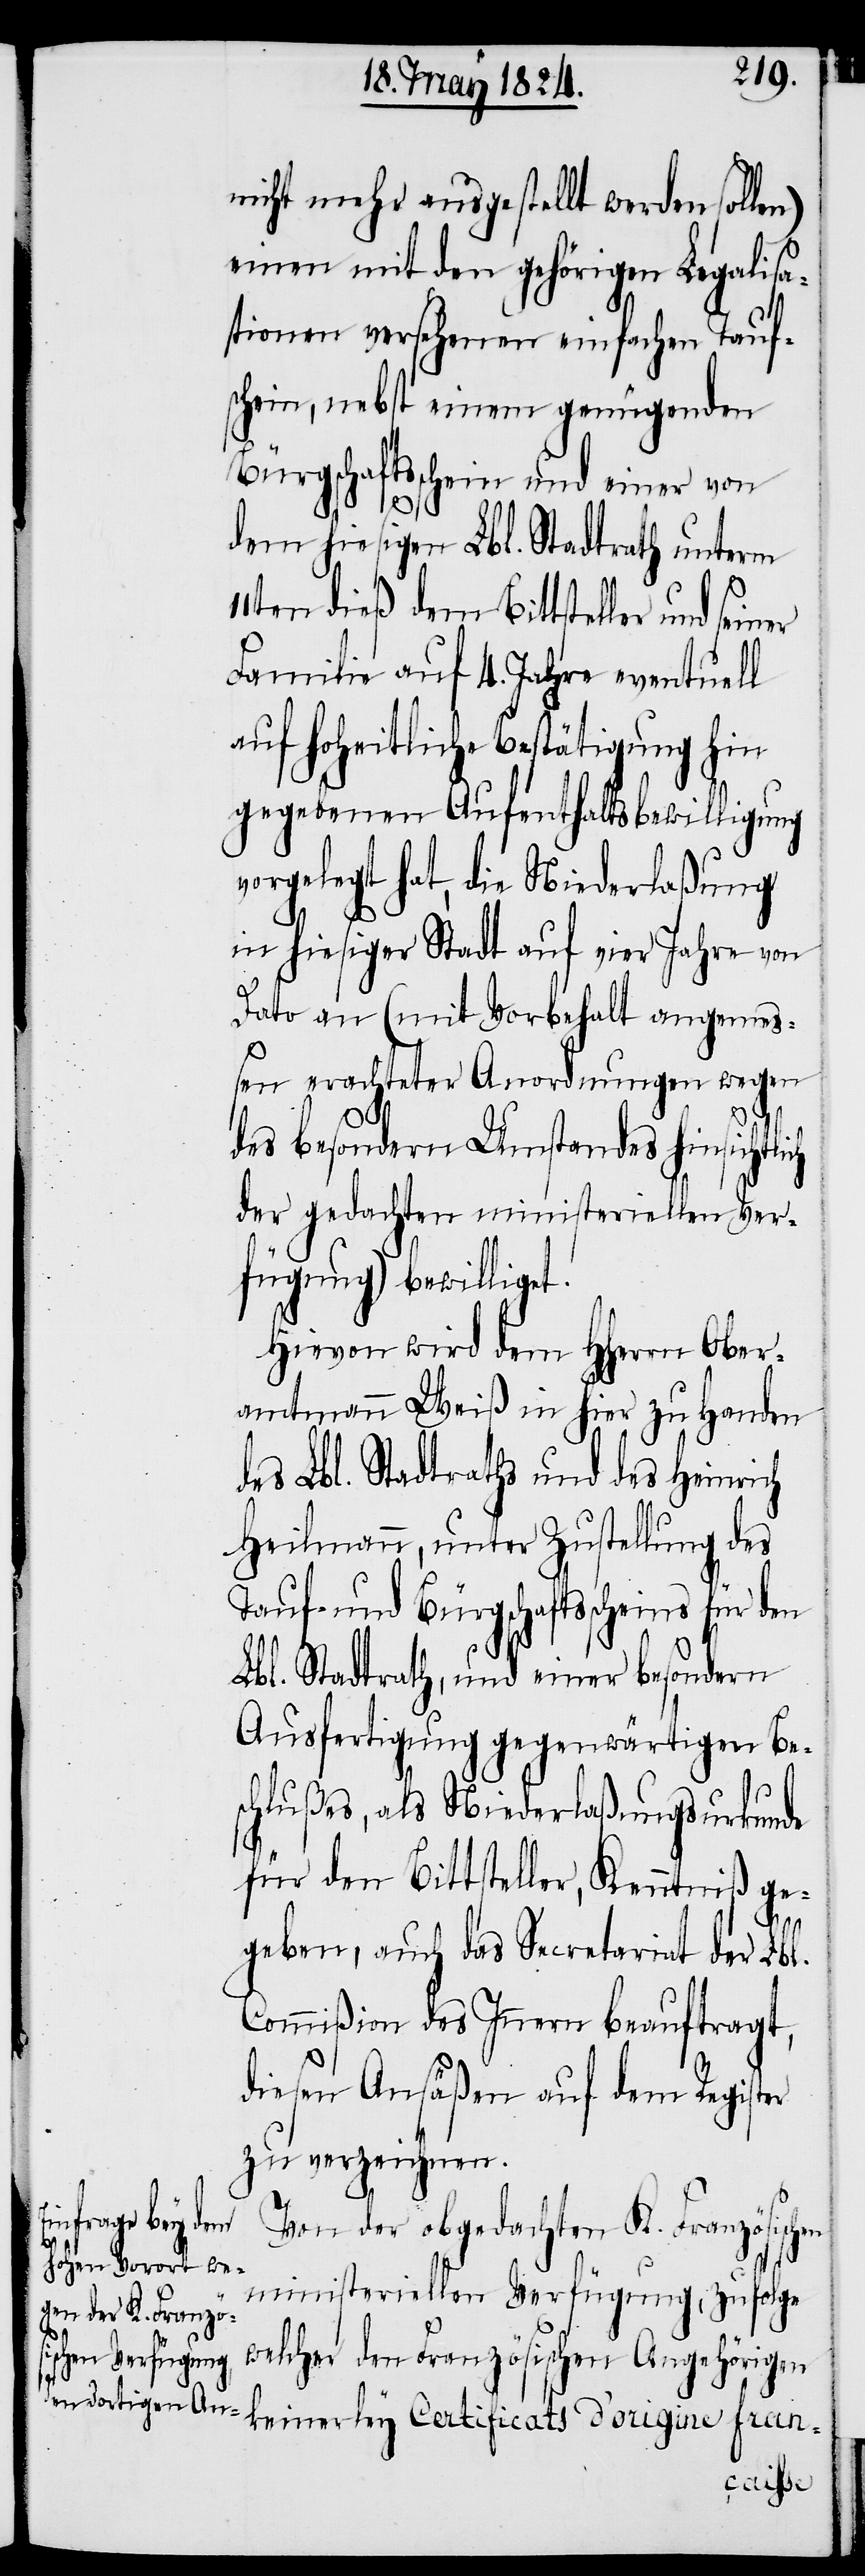
nicht mehr ausgestellt werden solle¬
einen mit den gehörigen Legalisa¬
tionen versehenen einfachen Tauf¬
schein, nebst einem genügenden
Bürgschaftsschein und einer von
n)
dem hiesigen Lbl. Stadtrath unterm
11ten dieß dem Bittsteller und sein¬
Familie auf 4. Jahre eventuell
auf hoheitliche Bestätigung hin
gegebenen Aufenthaltsbewilligung
vorgelegt hat, die Niederlaßung
in hiesiger Stadt auf vier Jahre von
Dato an (mit Vorbehalt angemeß¬
en erachteter Anordnungen wegen
des besondern Umstandes hinsic¬
der gedachten ministeriellen Ver¬
fügung) bewilliget.
Hievon wird dem HHerrn Ober¬
amtmann Weiß in hier zu Handen
des Lbl. Stadtraths und des Heinrich
Heilmann, unter Zustellung des
Tauf- und Bürgschaftsscheins für den
Lbl. Stadtrath, und einer besondern
Ausfertigung gegenwärtigen Be¬
schlußes, als Niederlaßungsurkunde
er
für den Bittsteller, Kenntniß ge¬
geben, auch das Secretariat der Lbl.
Commißion des Innern beauftragt,
diesen Ansäßen auf dem Register
zu verzeichnen.
Von der obgedachten K. Französischen
ministeriellen Verfügung, zufolge
welcher den Französischen Angehörigen
keinerley Certificats d’origine fran-
htlich